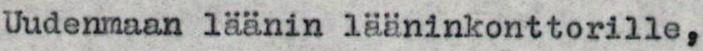
Uudenmaan läänin lääninkonttorille,